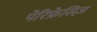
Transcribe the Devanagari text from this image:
पेरिफ्रेसिज़